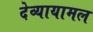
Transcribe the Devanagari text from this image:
देव्यायामल